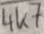
Text: 4K7